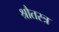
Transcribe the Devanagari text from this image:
श्रौतस्त्र